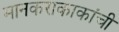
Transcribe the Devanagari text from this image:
मानकराकाकांची